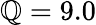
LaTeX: \mathbb{Q}=9.0